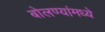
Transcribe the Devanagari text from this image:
बोलण्यांमध्ये